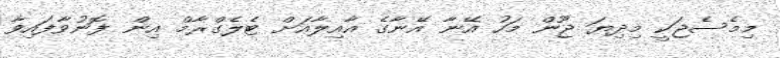
މިމެސެޖަކީ މިދިޔަ ޖޫން މަހު އޭނާ އޭނާގެ އާއިލާއަށް ޓެލެގްރާމް އިން ފޮނުވާފައިވާ